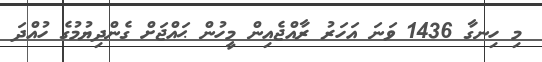
މި ހިނގާ 1436 ވަނަ އަހަރު ރާއްޖެއިން މީހުން ޙައްޖަށް ގެންދިޔުމުގެ ހުއްދަ